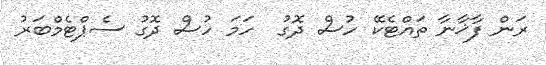
ރަން ފާޚާނާ ތައްޓެކޭ ހުސް ދޮގު  ހަމަ ހުސް ދޮގު ސެޕްޓެމްބަރު